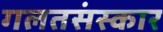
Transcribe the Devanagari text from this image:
गलतसंस्कार